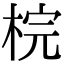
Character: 梡